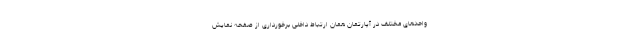
واحدهای مختلف در آپارتمان همان ارتباط داخلی برخورداری از صفحه نمایش